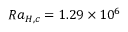
R a _ { H , c } = 1 . 2 9 \times 1 0 ^ { 6 }